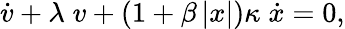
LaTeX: \dot{\mathnormal{v}}+\lambda\; \mathnormal{v}+(1+\beta\left|x\right|)\kappa\; \dot{x}=0,